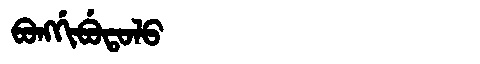
Manchu: ᠪᠣᠩᡤᡳᠪᡠᡨᠣᠯᠣ
Romanization: BONGGIBUTOLO